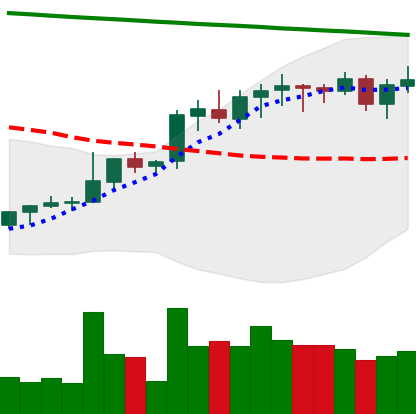
Ticker: LINK-USD
Chart end date: 2021-08-10
Forward return: 13.587%
Label: up_7plus